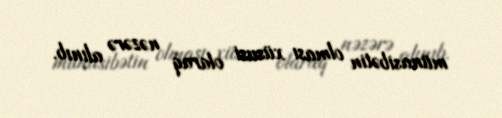
münasibətin olması xüsusi olaraq nəzərə alınıb.